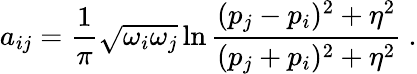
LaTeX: a_{ij}=\frac{1}{\pi}\sqrt{\omega_{i}\omega_{j}}\ln\frac{(p_{j}-p_{i})^{2}+\eta^{2}}{(p_{j}+p_{i})^{2}+\eta^{2}}~.